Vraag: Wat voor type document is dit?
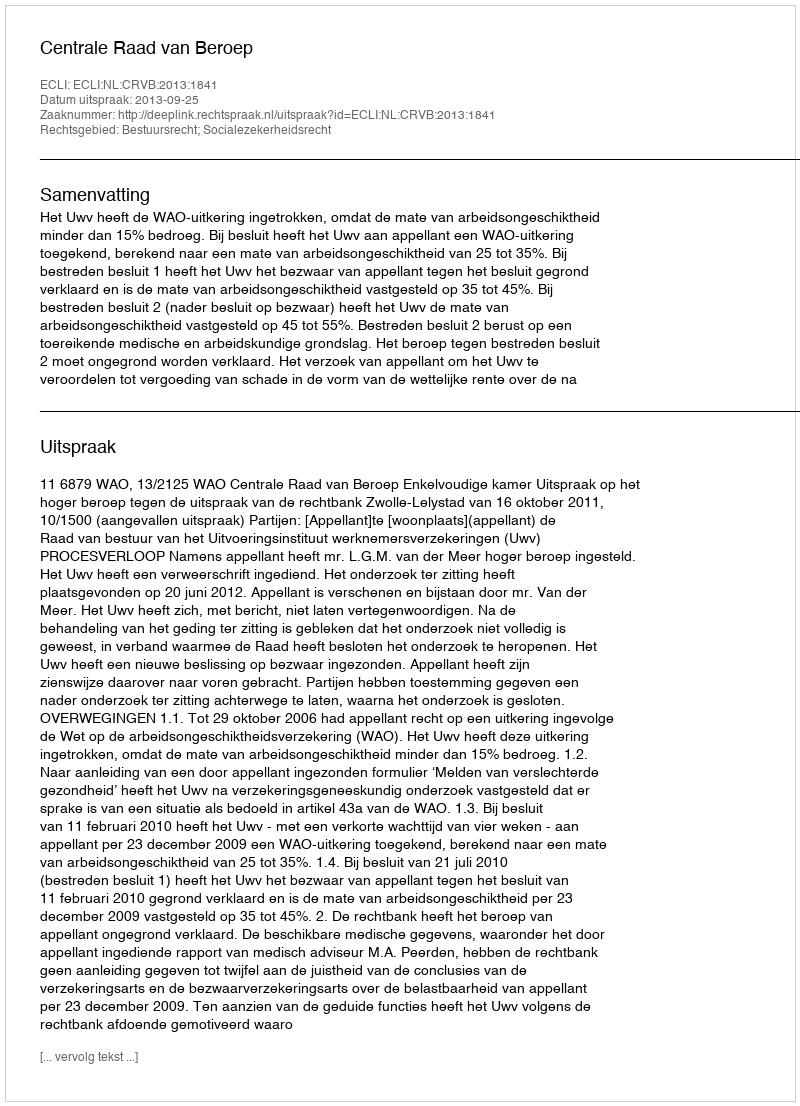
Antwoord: Uitspraak